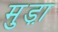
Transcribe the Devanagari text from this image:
मुड़ा़